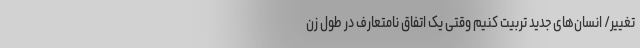
تغییر/ انسان‌های جدید تربیت کنیم وقتی یک اتفاق نامتعارف در طول زن